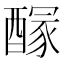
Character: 𨢊